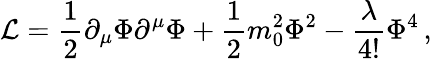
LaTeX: {\cal L}=\frac{1}{2}\partial_{\mu}\Phi\partial^{\mu}\Phi+\frac{1}{2}m_{0}^{2}\Phi^{2}-\frac{\lambda}{4!}\Phi^{4}\, ,